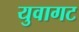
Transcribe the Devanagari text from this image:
युवागट